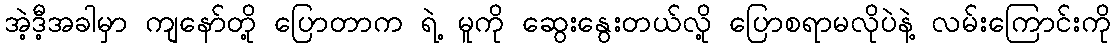
အဲ့ဒီ့အခါမှာ ကျနော်တို့ ပြောတာက ရဲ့ မူကို ဆွေးနွေးတယ်လို့ ပြောစရာမလိုပဲနဲ့ လမ်းကြောင်းကို